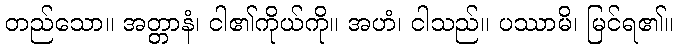
တည်သော။ အတ္တာနံ၊ ငါ၏ကိုယ်ကို။ အဟံ၊ ငါသည်။ ပဿာမိ၊ မြင်ရ၏။